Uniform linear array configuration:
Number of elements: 24
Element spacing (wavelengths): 0.25
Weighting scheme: kaiser
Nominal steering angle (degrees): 15
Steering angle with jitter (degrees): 13.217
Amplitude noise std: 0.05
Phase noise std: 0.05

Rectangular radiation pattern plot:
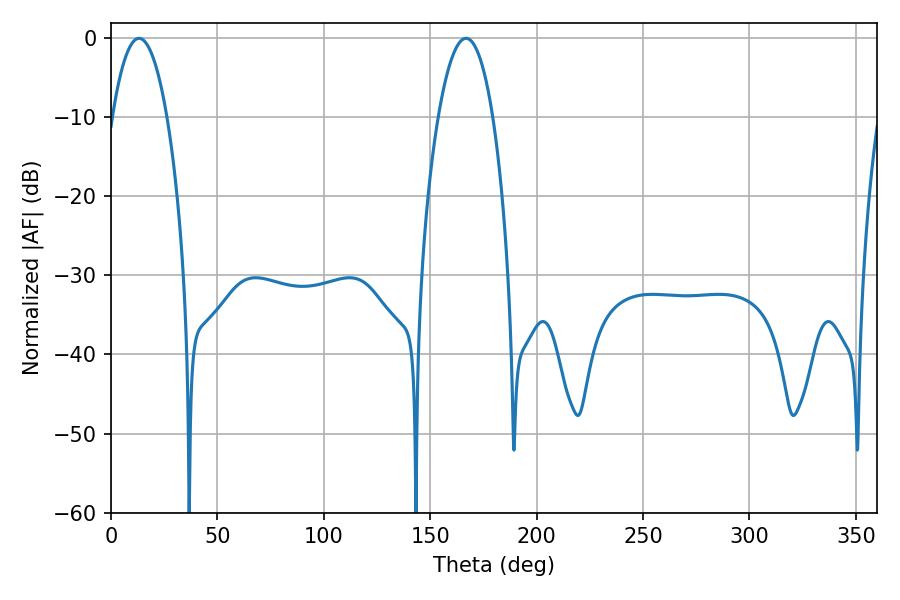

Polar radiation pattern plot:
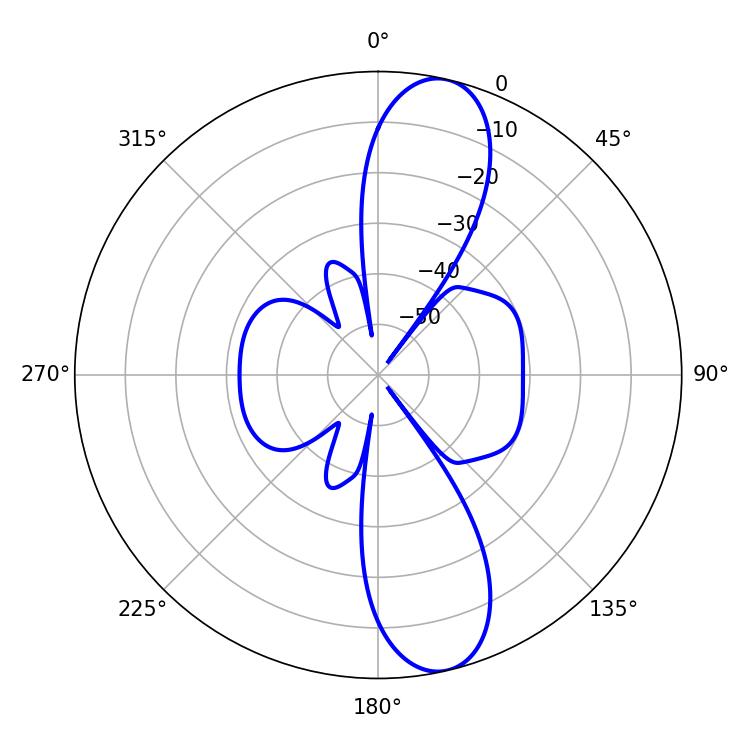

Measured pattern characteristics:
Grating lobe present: FALSE
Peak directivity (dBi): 12.149
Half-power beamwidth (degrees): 14.22
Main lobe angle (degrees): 13.14